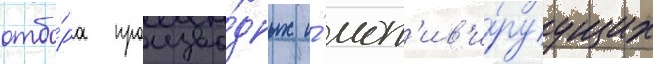
отбо́ра произво́дных и́ мот'ив'и́руущих